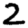
Digit: 2